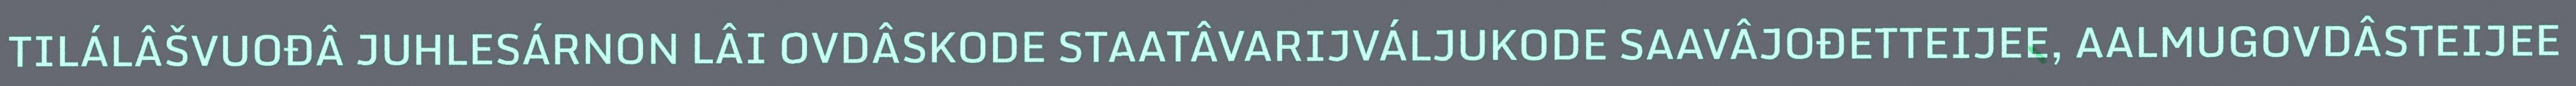
TILÁLÂŠVUOĐÂ JUHLESÁRNON LÂI OVDÂSKODE STAATÂVARIJVÁLJUKODE SAAVÂJOĐETTEIJEE, AALMUGOVDÂSTEIJEE